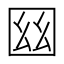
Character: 𡇟